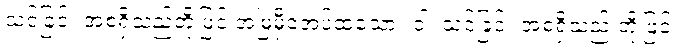
သင်ခြင်း အစရှိသည်တို့ဖြင့် အမြဲမှီဝဲအပ်ထသော။ ဝါ၊ သင်ခြင်း အစရှိသည် တို့ဖြင့်